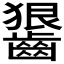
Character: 𪙈